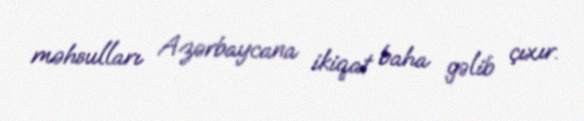
məhsulları Azərbaycana ikiqat baha gəlib çıxır.